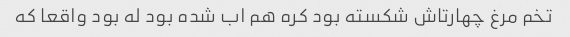
تخم مرغ چهارتاش شکسته بود کره هم اب شده بود له بود واقعا که